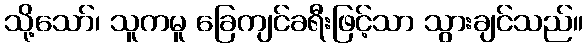
သို့သော်၊ သူကမူ ခြေကျင်ခရီးဖြင့်သာ သွားချင်သည်။